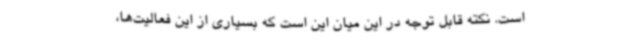
است. نکته قابل توجه در این میان این است که بسیاری از این فعالیت‌ها،